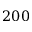
2 0 0